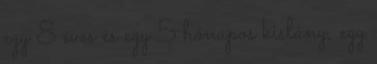
egy 8 éves és egy 5 hónapos kislány, egy